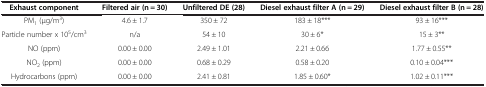
<table><thead><tr><td><b>Exhaust component</b></td><td><b>Filtered air (n = 30)</b></td><td><b>Unfiltered DE (28)</b></td><td><b>Diesel exhaust filter A (n = 29)</b></td><td><b>Diesel exhaust filter B (n = 28)</b></td></tr></thead><tbody><tr><td>PM<sub>1</sub> (μg/m<sup>3</sup>)</td><td>4.6 ± 1.7</td><td>350 ± 72</td><td>183 ± 18***</td><td>93 ± 16***</td></tr><tr><td>Particle number x 10<sup>5</sup>/cm<sup>3</sup></td><td>n/a</td><td>54 ± 10</td><td>30 ± 6*</td><td>15 ± 3**</td></tr><tr><td>NO (ppm)</td><td>0.00 ± 0.00</td><td>2.49 ± 1.01</td><td>2.21 ± 0.66</td><td>1.77 ± 0.55**</td></tr><tr><td>NO<sub>2</sub> (ppm)</td><td>0.00 ± 0.00</td><td>0.68 ± 0.29</td><td>0.58 ± 0.20</td><td>0.10 ± 0.04***</td></tr><tr><td>Hydrocarbons (ppm)</td><td>0.00 ± 0.00</td><td>2.41 ± 0.81</td><td>1.85 ± 0.60*</td><td>1.02 ± 0.11***</td></tr></tbody></table>